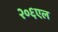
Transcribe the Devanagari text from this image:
२०६एल